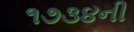
૧૭૩૪ની